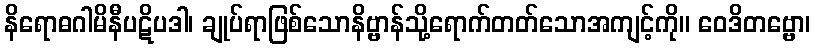
နိရောဓဂါမိနီပဋိပဒါ၊ ချုပ်ရာဖြစ်သောနိဗ္ဗာန်သို့ရောက်တတ်သောအကျင့်ကို။ ဝေဒိတဗ္ဗော၊